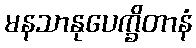
မနသာနုပေက္ခိတာနံ